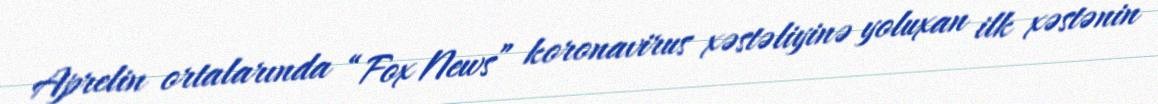
Aprelin ortalarında “Fox News” koronavirus xəstəliyinə yoluxan ilk xəstənin